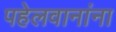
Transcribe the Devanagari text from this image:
पहेलवानांना